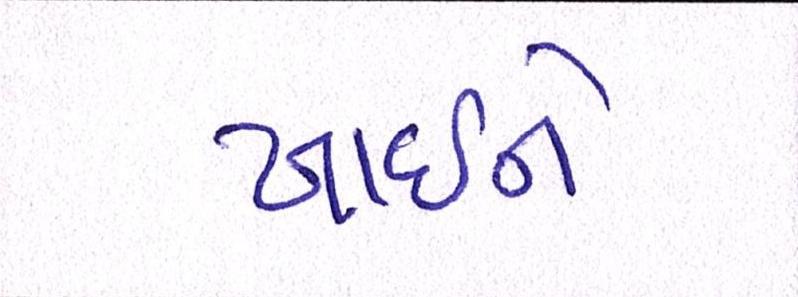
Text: ખાઇને